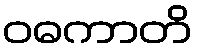
ဝဓကာတိ